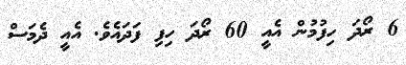
6 ރޯދަ ހިފުމުން އެއީ 60 ރޯދަ ހިފި ފަދައެވެ. އެއީ ދެމަސް